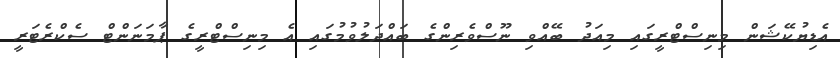
އެޑިޔުކޭޝަން މިނިސްޓްރީގައި މިއަދު ބޭއްވި ނޫސްވެރިންގެ ބައްދަލުވުމުގައި އެ މިނިސްޓްރީގެ ޕާމަނަންޓް ސެކްރެޓަރީ